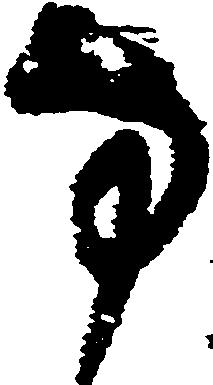
方